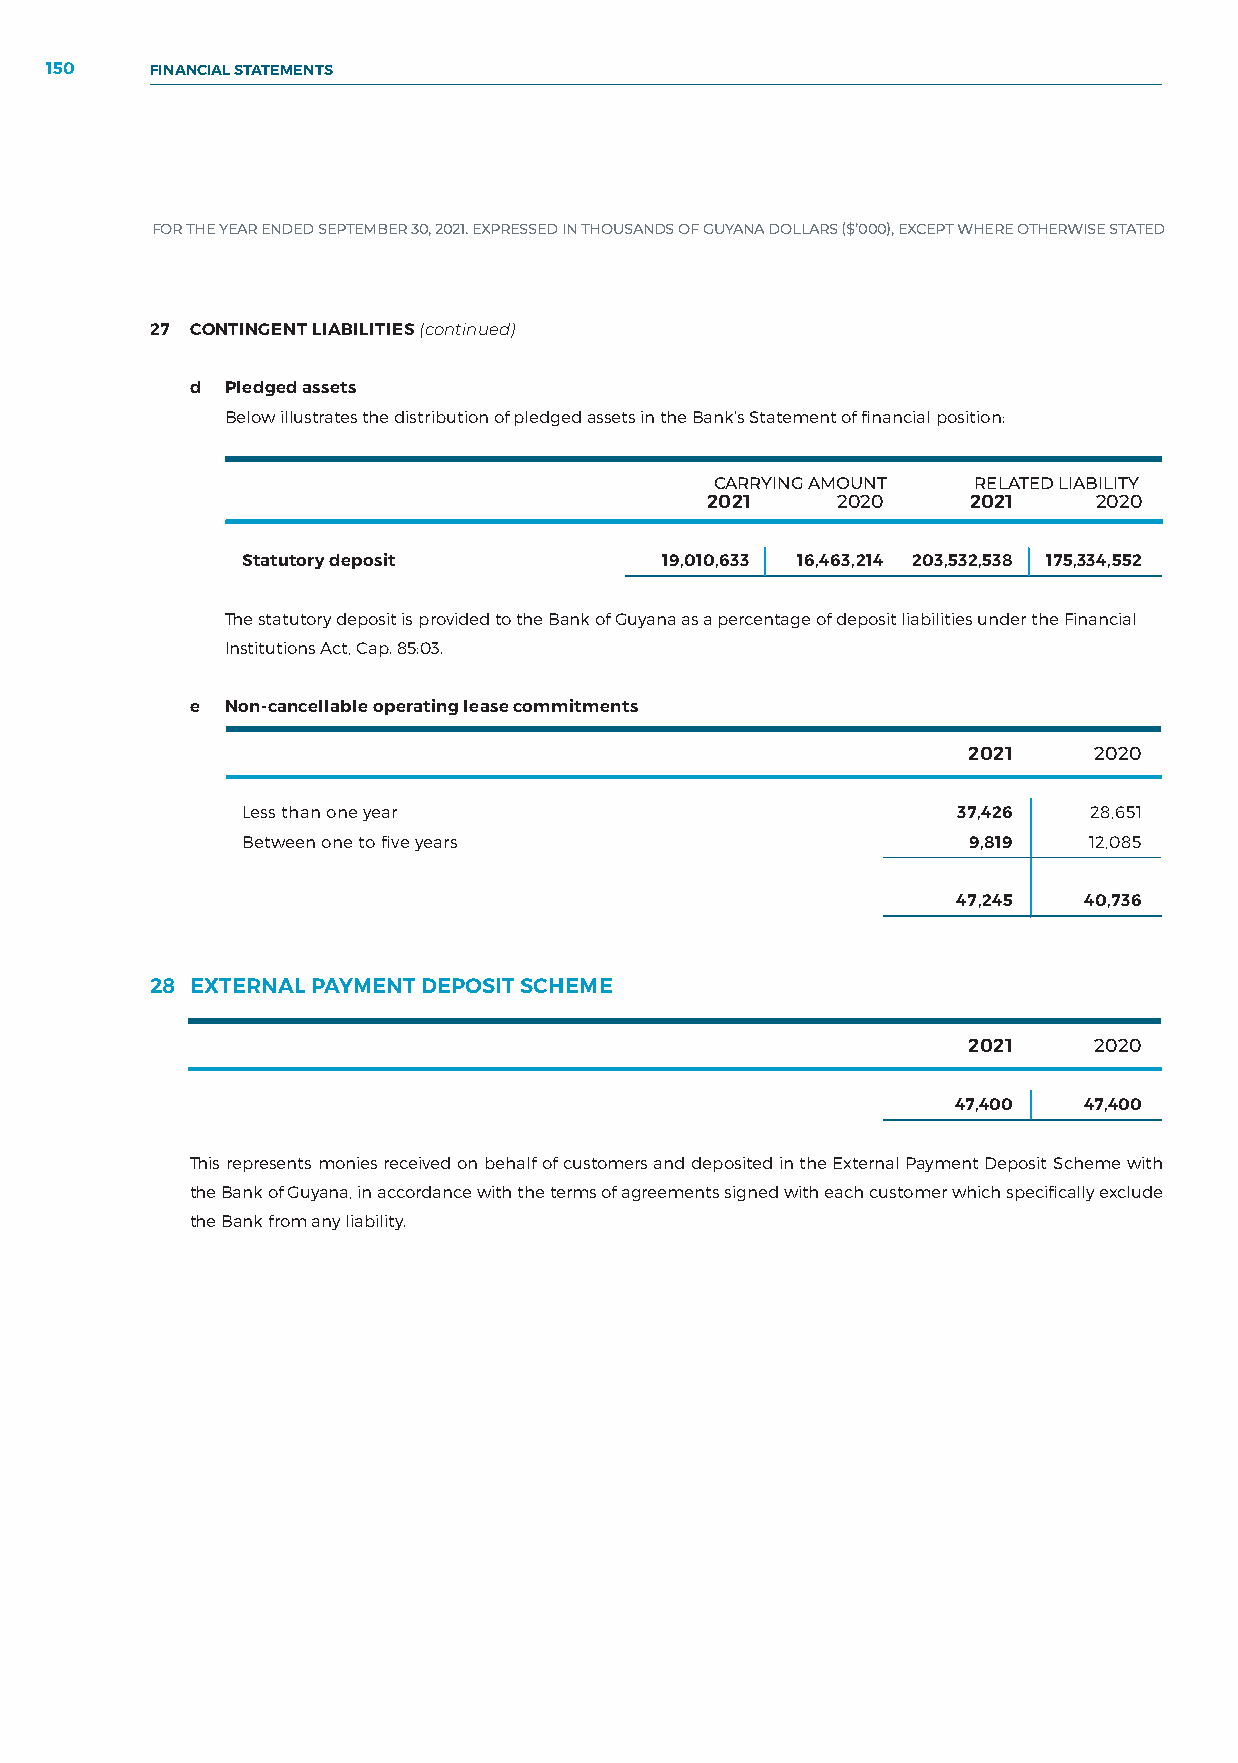
150    FINANCIAL STATEMENTS
 FOR THE YEAR ENDED SEPTEMBER 30, 2021. EXPRESSED IN THOUSANDS OF GUYANA DOLLARS ($’000), EXCEPT WHERE OTHERWISE STATED
 27 CONTINGENT LIABILITIES (continued)
 d Pledged assets
 Below illustrates the distribution of pledged assets in the Bank’s Statement of financial position:
 CARRYING AMOUNT  RELATED LIABILITY
 2021    2020     2021     2020
 Statutory deposit           19,010,633 16,463,214 203,532,538 175,334,552
 The statutory deposit is provided to the Bank of Guyana as a percentage of deposit liabilities under the Financial
 Institutions Act, Cap. 85:03.
 e Non-cancellable operating lease commitments
 2021    2020
 Less than one year                             37,426   28,651
 Between one to five years                       9,819   12,085
 47,245   40,736
 28 EXTERNAL PAYMENT DEPOSIT SCHEME
 2021    2020
 47,400   47,400
 This represents monies received on behalf of customers and deposited in the External Payment Deposit Scheme with
 the Bank of Guyana, in accordance with the terms of agreements signed with each customer which specifically exclude
 the Bank from any liability.